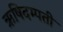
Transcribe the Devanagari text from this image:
ऋषिदम्पती